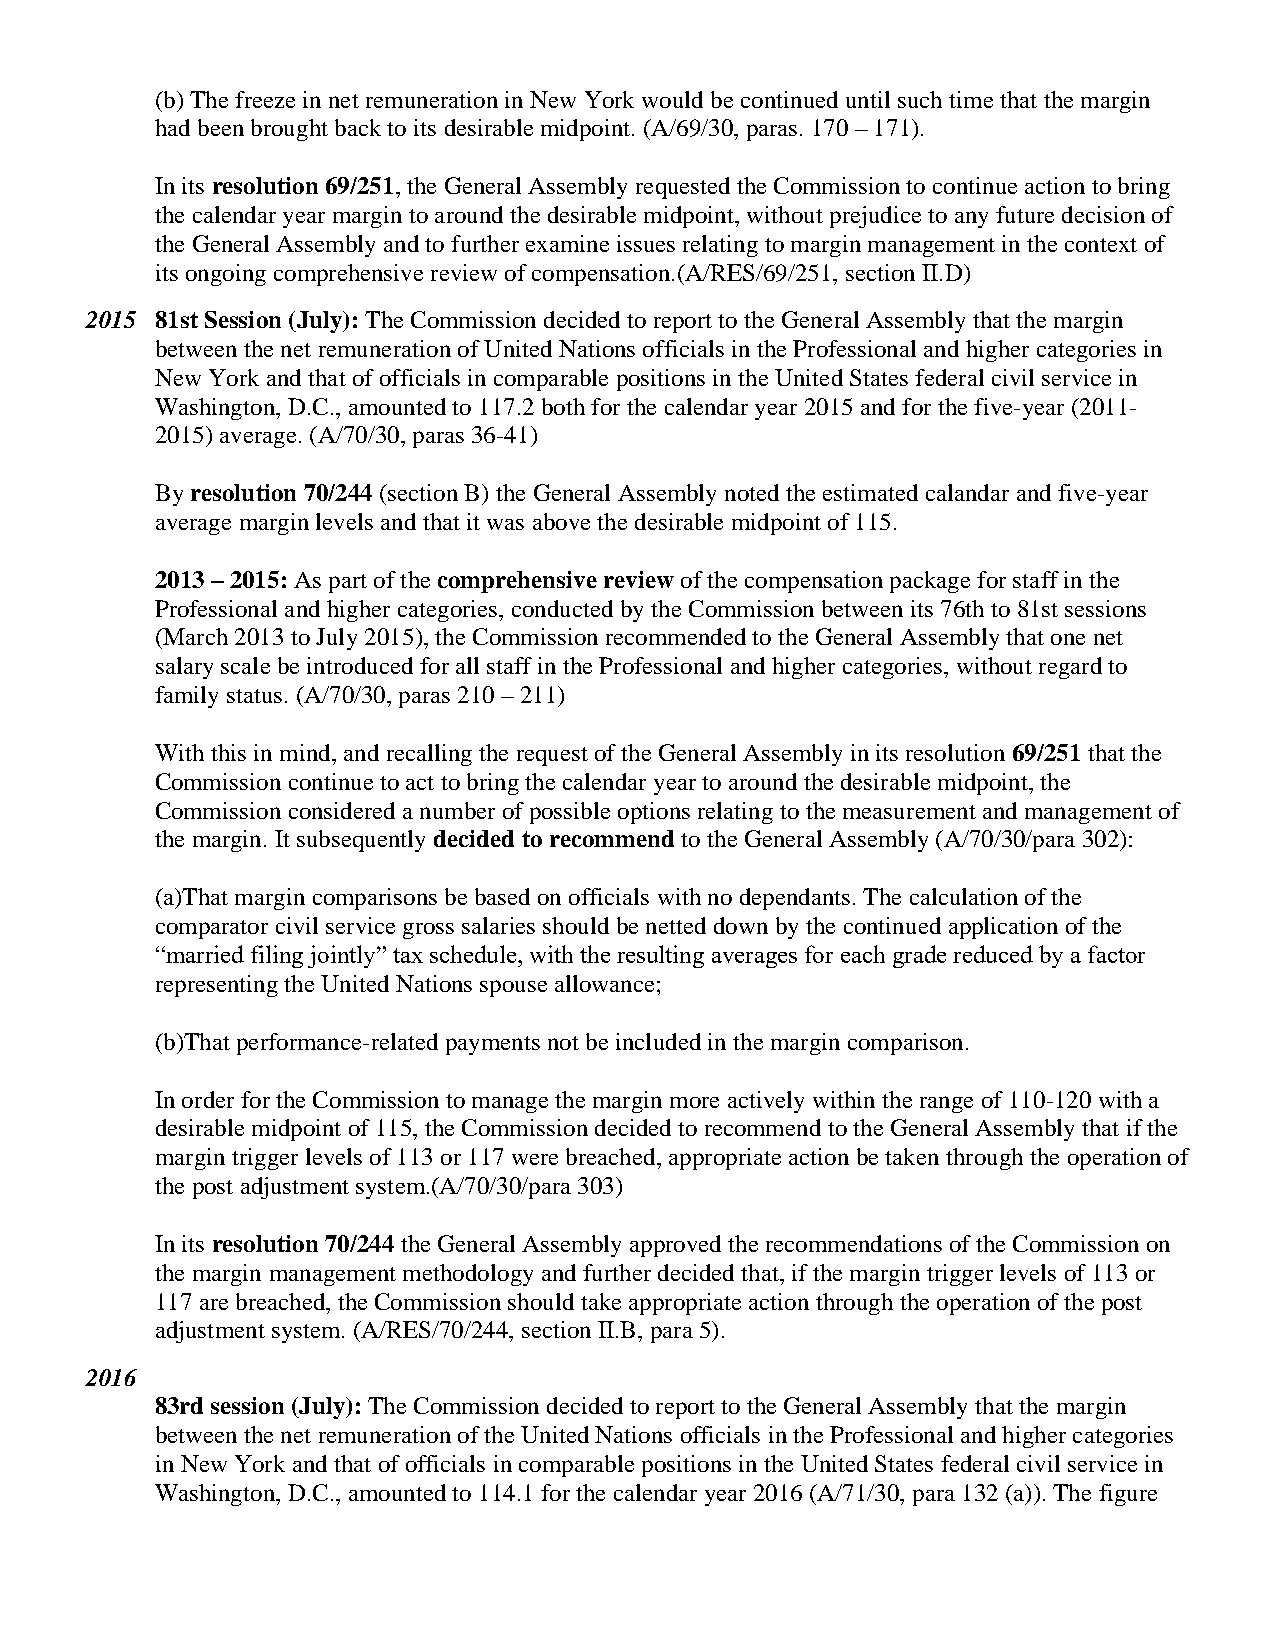
(b) The freeze in net remuneration in New York would be continued until such time that the margin
 had been brought back to its desirable midpoint. (A/69/30, paras. 170 – 171).
 In its resolution 69/251, the General Assembly requested the Commission to continue action to bring
 the calendar year margin to around the desirable midpoint, without prejudice to any future decision of
 the General Assembly and to further examine issues relating to margin management in the context of
 its ongoing comprehensive review of compensation.(A/RES/69/251, section II.D)
 2015 81st Session (July): The Commission decided to report to the General Assembly that the margin
 between the net remuneration of United Nations officials in the Professional and higher categories in
 New York and that of officials in comparable positions in the United States federal civil service in
 Washington, D.C., amounted to 117.2 both for the calendar year 2015 and for the five-year (2011-
 2015) average. (A/70/30, paras 36-41)
 By resolution 70/244 (section B) the General Assembly noted the estimated calandar and five-year
 average margin levels and that it was above the desirable midpoint of 115.
 2013 – 2015: As part of the comprehensive review of the compensation package for staff in the
 Professional and higher categories, conducted by the Commission between its 76th to 81st sessions
 (March 2013 to July 2015), the Commission recommended to the General Assembly that one net
 salary scale be introduced for all staff in the Professional and higher categories, without regard to
 family status. (A/70/30, paras 210 – 211)
 With this in mind, and recalling the request of the General Assembly in its resolution 69/251 that the
 Commission continue to act to bring the calendar year to around the desirable midpoint, the
 Commission considered a number of possible options relating to the measurement and management of
 the margin. It subsequently decided to recommend to the General Assembly (A/70/30/para 302):
 (a)That margin comparisons be based on officials with no dependants. The calculation of the
 comparator civil service gross salaries should be netted down by the continued application of the
 “married filing jointly” tax schedule, with the resulting averages for each grade reduced by a factor
 representing the United Nations spouse allowance;
 (b)That performance-related payments not be included in the margin comparison.
 In order for the Commission to manage the margin more actively within the range of 110-120 with a
 desirable midpoint of 115, the Commission decided to recommend to the General Assembly that if the
 margin trigger levels of 113 or 117 were breached, appropriate action be taken through the operation of
 the post adjustment system.(A/70/30/para 303)
 In its resolution 70/244 the General Assembly approved the recommendations of the Commission on
 the margin management methodology and further decided that, if the margin trigger levels of 113 or
 117 are breached, the Commission should take appropriate action through the operation of the post
 adjustment system. (A/RES/70/244, section II.B, para 5).
 2016
 83rd session (July): The Commission decided to report to the General Assembly that the margin
 between the net remuneration of the United Nations officials in the Professional and higher categories
 in New York and that of officials in comparable positions in the United States federal civil service in
 Washington, D.C., amounted to 114.1 for the calendar year 2016 (A/71/30, para 132 (a)). The figure